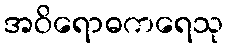
အဝိရောဓကရေသု